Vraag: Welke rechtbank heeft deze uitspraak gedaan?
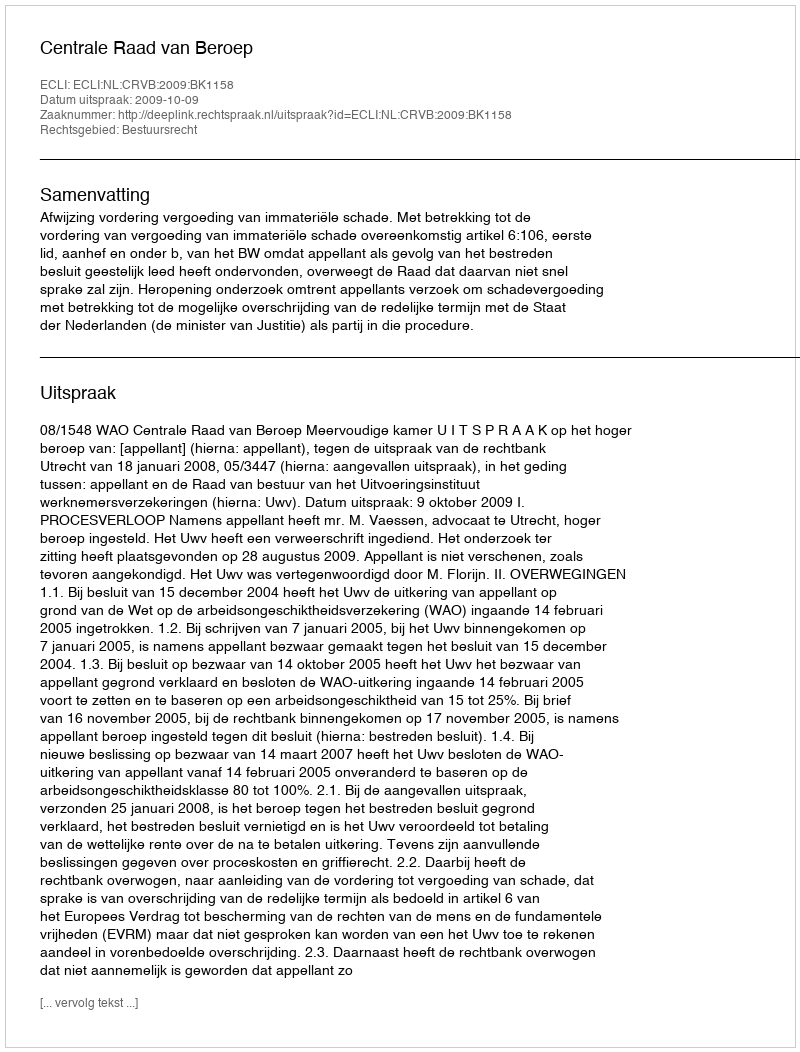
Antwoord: Centrale Raad van Beroep